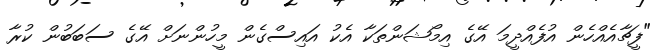
"ފީޗާއެއްހެން އުފެއްދީމަ އޭގެ އިމޯޝަންތަކާ އެކު އައިސްގެން މީހުންނަށް އޭގެ ސަބަބުން ކުރާ